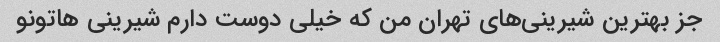
جز بهترین شیرینی‌های تهران من که خیلی دوست دارم شیرینی هاتونو